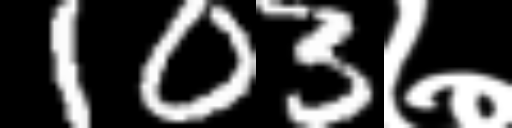
Text: 103७